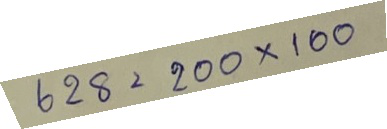
628 = 200 x 100